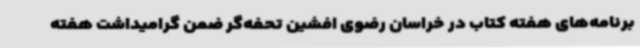
برنامه‌های هفته کتاب در خراسان رضوی افشین تحفه‌گر ضمن گرامیداشت هفته